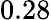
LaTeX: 0.28